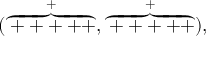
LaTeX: ( \stackrel { + } { \overbrace { + + + + + } } , \stackrel { + } { \overbrace { + + + + + } } ) \mathrm { , }